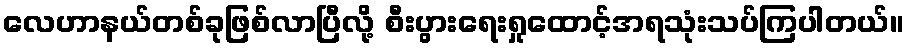
လေဟာနယ်တစ်ခုဖြစ်လာပြီလို့ စီးပွားရေးရှုထောင့်အရသုံးသပ်ကြပါတယ်။